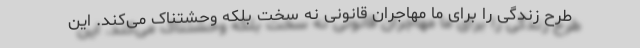
طرح زندگی را برای ما مهاجران قانونی نه سخت بلکه وحشتناک می‌کند. این